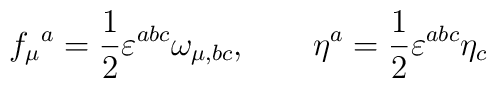
f_\mu{}^a = \frac{1}{2} \varepsilon^{abc} \omega_{\mu,bc}, \qquad\eta^a = \frac{1}{2} \varepsilon^{abc} \eta_c